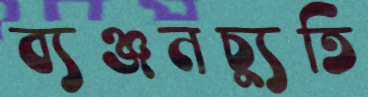
ব্যঞ্জনচ্যুতি